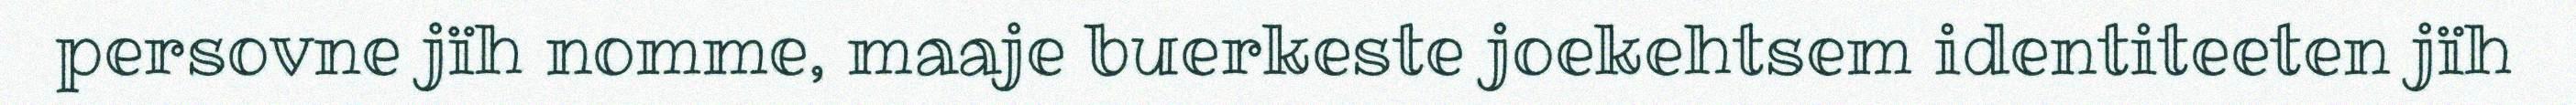
persovne jïh nomme, maaje buerkeste joekehtsem identiteeten jïh